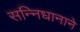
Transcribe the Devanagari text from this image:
सन्निधानाने